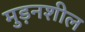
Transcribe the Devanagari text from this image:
मुड़नशील